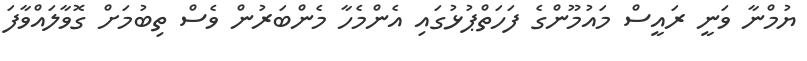
ޔުމްނާ ވަނީ ރައީސް މައުމޫންގެ ފަހަތްޕުޅުގައި އެންމެހާ މެންބަރުން ވެސް ތިބުމަށް ގޮވާލައްވާފަ